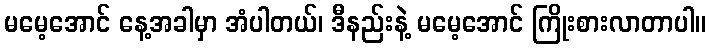
မမေ့အောင် နေ့အခါမှာ အံပါတယ်၊ ဒီနည်းနဲ့ မမေ့အောင် ကြိုးစားလာတာပါ။